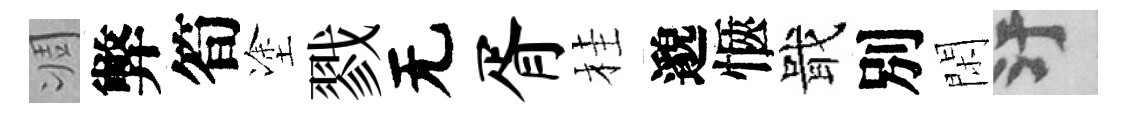
凋弊筍塗戮无胥桂邈愜戢別閑污